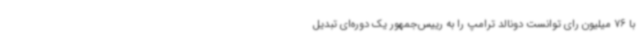
با 76 میلیون رای توانست دونالد ترامپ را به رییس‌جمهور یک دوره‌ای تبدیل